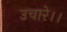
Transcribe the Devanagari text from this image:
उचारे।।